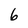
Character: 6